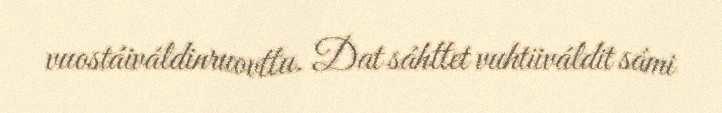
vuostáiváldinruovttu. Dat sáhttet vuhtiiváldit sámi